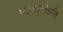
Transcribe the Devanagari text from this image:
मत्कान्तेप्रति